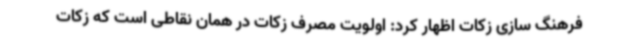
فرهنگ سازی زکات اظهار کرد: اولویت مصرف زکات در همان نقاطی است که زکات